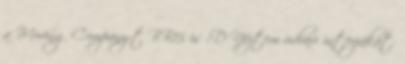
a Moving Company-t BB15 is :D Néztem udvari interjúkat.